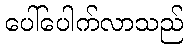
ပေါ်ပေါက်လာသည်